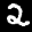
Label: 2